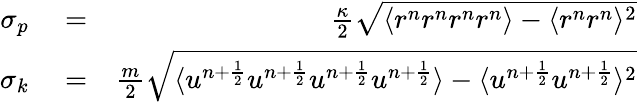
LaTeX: \begin{array}{rlr}{\sigma_{p}}&{{}=}&{\frac{\kappa}{2}\sqrt{\langle r^{n}r^{n}r^{n}r^{n}\rangle-\langle r^{n}r^{n}\rangle^{2}}}\\ {\sigma_{k}}&{{}=}&{\frac{m}{2}\sqrt{\langle u^{n+\frac{1}{2}}u^{n+\frac{1}{2}}u^{n+\frac{1}{2}}u^{n+\frac{1}{2}}\rangle-\langle u^{n+\frac{1}{2}}u^{n+\frac{1}{2}}\rangle^{2}}}\end{array}